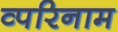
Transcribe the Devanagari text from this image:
व्परिनाम